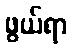
ဖွယ်ရာ